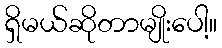
ရှိမယ်ဆိုတာမျိုးပေါ့။